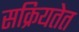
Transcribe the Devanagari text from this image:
सक्रियतेत